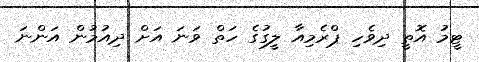
ޓީމު އޮތީ ދިވެހި ޕްރެމިއާ ލީގުގެ ހަތް ވަނަ އަށް ދިއުމުން އަންނަ